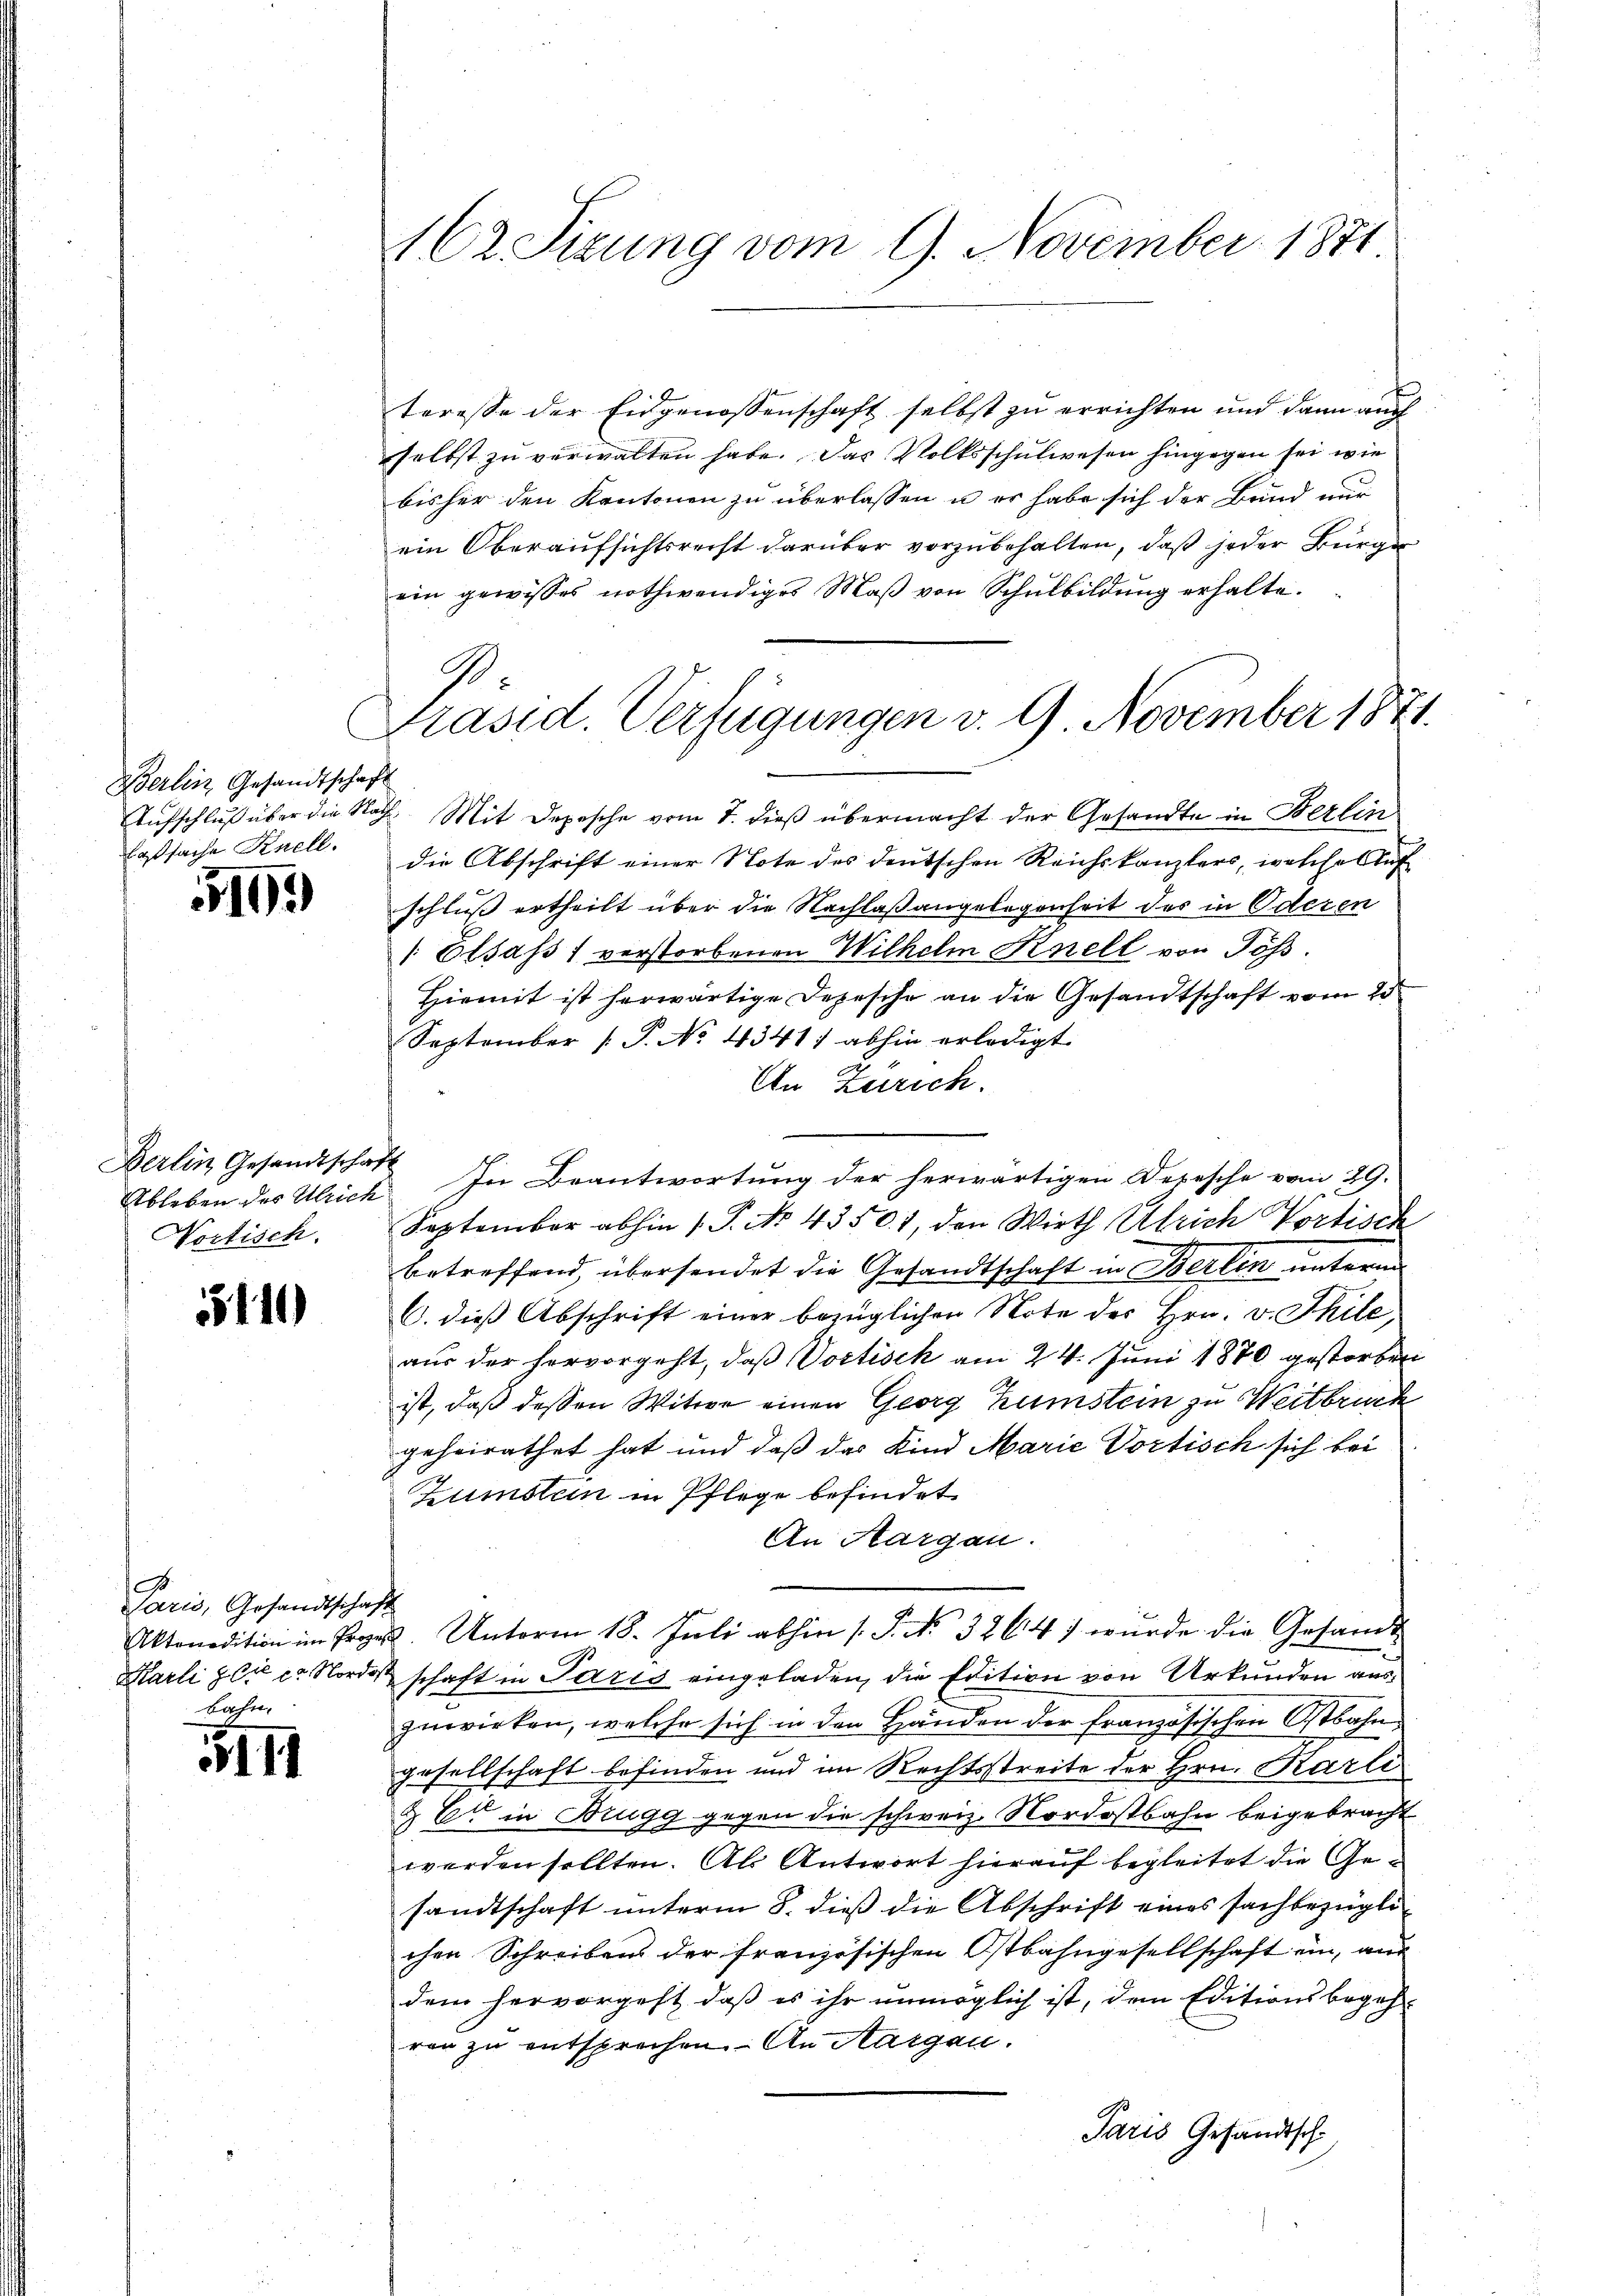
Berlin Gesandtschaft
laßsache Knell.

163

Berlin Gesandtschaft
Wortisch.

5110

Paris, Gesandtschaft
bahn.

5111

162 Sizung vom 9. November 1871

teresse der Eidgenossenschaft selbst zu errichten und dann auch
selbst zu verwalten habe. Das Volksschulwesen hingegen sei wie
bisher den Kantonen zu überlassen u es habe sich der Bund nur
ein Oberaufsichtsrecht darüber vorzubehalten, daß jeder Bürger
ein gewisses nothwendiges Maß von Schulbildung erhalte.
Aufschluß über die Nach. Mit Depesche vom 7. dieß übermacht der Gesandte in Berlin
die Abschrift einer Note des deutschen Reichskanzlers, welches
schluß ertheilt über die Nachlaßangelegenheit des in Oderen
[Elsass, verstorbenen Wilhelm Knell von Töß.
Hiemit ist herwärtige Depesche an die Gesandtschaft vom 23
September (T. No. 4341. abhin erledigt.
In Zürich.
Ableben des Ulrich. In Beantwortung der herwärtigen Depesche vom 29.
September abhin 1. P. No. 43501, den Wirth Ulrich Vortisch
betreffend, übersendet die Gesandtschaft in Berlin unterm
C. dieß Abschrift einer bezüglichen Note des Hrn. v. Thile,
aus der hervorgeht, daß Vortisek am 24. Juni 1870 gestorben
ist, daß dessen Witwe einen Georg Kunstein zu Weitbruck
geheirathet hat und daß das Kind Marie Vortisch sich bei
Zumsten in Pflege befindet
An Aargau.
Aktondition im Pre Unterm 18. Juli abhin s. S. No. 3264 wurde die Gesandt
Karli & Cie er Nordes schaft in Paris eingeladen, die Edition von Urkunden auszuwirken, welche sich in den Händen der französischen Ostbahngesellschaft befinden und im Rechtsstreite der Hrn. Karli
& B. in Brugg gegen die schweiz. Nordostbahn beigebracht
werden sollten. Als Antwort hierauf begleitet die Gesandtschaft unterm 8. dieß die Abschrift eines sachbezügli
chen Schreiben der französischen Ostbahngesellschaft ein, aus
dem hervorgeht, daß es ihr unmöglich ist, dem Editionsbegehren zu entsprechen. An Margen.
Paris Gesandtsch

2
Präsid. Verfügungen v. 9. November 1871.